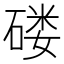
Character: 𱴟